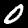
Label: 0